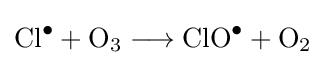
{\mathrm {Cl} {\vphantom {A}}^{\bullet }{}+{}\mathrm {O} {\vphantom {A}}_{\smash[{t}]{3}}{}\mathrel {\longrightarrow } {}\mathrm {ClO} {\vphantom {A}}^{\bullet }{}+{}\mathrm {O} {\vphantom {A}}_{\smash[{t}]{2}}}